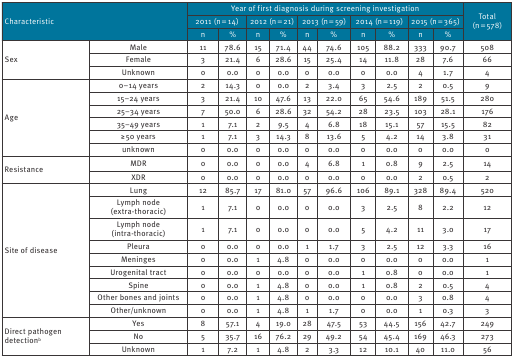
<table><thead><tr><td rowspan="3" colspan="2"><b>Characteristic</b></td><td colspan="10"><b>Year of first diagnosis during screening investigation</b></td><td rowspan="3"><b>Total (n = 578)</b></td></tr><tr><td colspan="2"><b>2011 (n = 14)</b></td><td colspan="2"><b>2012 (n = 21)</b></td><td colspan="2"><b>2013 (n = 59)</b></td><td colspan="2"><b>2014 (n = 119)</b></td><td colspan="2"><b>2015 (n = 365)</b></td></tr><tr><td><b>n</b></td><td><b>%</b></td><td><b>n</b></td><td><b>%</b></td><td><b>n</b></td><td><b>%</b></td><td><b>n</b></td><td><b>%</b></td><td><b>n</b></td><td><b>%</b></td></tr></thead><tbody><tr><td rowspan="3">Sex</td><td>Male</td><td>11</td><td>78.6</td><td>15</td><td>71.4</td><td>44</td><td>74.6</td><td>105</td><td>88.2</td><td>333</td><td>90.7</td><td>508</td></tr><tr><td>Female</td><td>3</td><td>21.4</td><td>6</td><td>28.6</td><td>15</td><td>25.4</td><td>14</td><td>11.8</td><td>28</td><td>7.6</td><td>66</td></tr><tr><td>Unknown</td><td>0</td><td>0.0</td><td>0</td><td>0.0</td><td>0</td><td>0.0</td><td>0</td><td>0.0</td><td>4</td><td>1.7</td><td>4</td></tr><tr><td rowspan="6">Age</td><td>0–14 years</td><td>2</td><td>14.3</td><td>0</td><td>0.0</td><td>2</td><td>3.4</td><td>3</td><td>2.5</td><td>2</td><td>0.5</td><td>9</td></tr><tr><td>15–24 years</td><td>3</td><td>21.4</td><td>10</td><td>47.6</td><td>13</td><td>22.0</td><td>65</td><td>54.6</td><td>189</td><td>51.5</td><td>280</td></tr><tr><td>25–34 years</td><td>7</td><td>50.0</td><td>6</td><td>28.6</td><td>32</td><td>54.2</td><td>28</td><td>23.5</td><td>103</td><td>28.1</td><td>176</td></tr><tr><td>35–49 years</td><td>1</td><td>7.1</td><td>2</td><td>9.5</td><td>4</td><td>6.8</td><td>18</td><td>15.1</td><td>57</td><td>15.5</td><td>82</td></tr><tr><td>≥ 50 years</td><td>1</td><td>7.1</td><td>3</td><td>14.3</td><td>8</td><td>13.6</td><td>5</td><td>4.2</td><td>14</td><td>3.8</td><td>31</td></tr><tr><td>unknown</td><td>0</td><td>0.0</td><td>0</td><td>0.0</td><td>0</td><td>0.0</td><td>0</td><td>0.0</td><td>0</td><td>0.0</td><td>0</td></tr><tr><td rowspan="2">Resistance</td><td>MDR</td><td>0</td><td>0.0</td><td>0</td><td>0.0</td><td>4</td><td>6.8</td><td>1</td><td>0.8</td><td>9</td><td>2.5</td><td>14</td></tr><tr><td>XDR</td><td>0</td><td>0.0</td><td>0</td><td>0.0</td><td>0</td><td>0.0</td><td>0</td><td>0.0</td><td>2</td><td>0.5</td><td>2</td></tr><tr><td rowspan="9">Site of disease</td><td>Lung</td><td>12</td><td>85.7</td><td>17</td><td>81.0</td><td>57</td><td>96.6</td><td>106</td><td>89.1</td><td>328</td><td>89.4</td><td>520</td></tr><tr><td>Lymph node (extra-thoracic)</td><td>1</td><td>7.1</td><td>0</td><td>0.0</td><td>0</td><td>0.0</td><td>3</td><td>2.5</td><td>8</td><td>2.2</td><td>12</td></tr><tr><td>Lymph node (intra-thoracic)</td><td>1</td><td>7.1</td><td>0</td><td>0.0</td><td>0</td><td>0.0</td><td>5</td><td>4.2</td><td>11</td><td>3.0</td><td>17</td></tr><tr><td>Pleura</td><td>0</td><td>0.0</td><td>0</td><td>0.0</td><td>1</td><td>1.7</td><td>3</td><td>2.5</td><td>12</td><td>3.3</td><td>16</td></tr><tr><td>Meninges</td><td>0</td><td>0.0</td><td>1</td><td>4.8</td><td>0</td><td>0.0</td><td>0</td><td>0.0</td><td>0</td><td>0.0</td><td>1</td></tr><tr><td>Urogenital tract</td><td>0</td><td>0.0</td><td>0</td><td>0.0</td><td>0</td><td>0.0</td><td>1</td><td>0.8</td><td>0</td><td>0.0</td><td>1</td></tr><tr><td>Spine</td><td>0</td><td>0.0</td><td>1</td><td>4.8</td><td>0</td><td>0.0</td><td>1</td><td>0.8</td><td>2</td><td>0.5</td><td>4</td></tr><tr><td>Other bones and joints</td><td>0</td><td>0.0</td><td>1</td><td>4.8</td><td>0</td><td>0.0</td><td>0</td><td>0.0</td><td>3</td><td>0.8</td><td>4</td></tr><tr><td>Other/unknown</td><td>0</td><td>0.0</td><td>1</td><td>4.8</td><td>1</td><td>1.7</td><td>0</td><td>0.0</td><td>1</td><td>0.3</td><td>3</td></tr><tr><td rowspan="3">Direct pathogen detection<sup>b</sup></td><td>Yes</td><td>8</td><td>57.1</td><td>4</td><td>19.0</td><td>28</td><td>47.5</td><td>53</td><td>44.5</td><td>156</td><td>42.7</td><td>249</td></tr><tr><td>No</td><td>5</td><td>35.7</td><td>16</td><td>76.2</td><td>29</td><td>49.2</td><td>54</td><td>45.4</td><td>169</td><td>46.3</td><td>273</td></tr><tr><td>Unknown</td><td>1</td><td>7.2</td><td>1</td><td>4.8</td><td>2</td><td>3.3</td><td>12</td><td>10.1</td><td>40</td><td>11.0</td><td>56</td></tr></tbody></table>